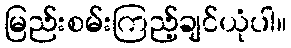
မြည်းစမ်းကြည့်ချင်ယုံပါ။